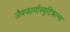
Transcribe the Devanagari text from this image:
जैवफार्मास्यूटिकल्स